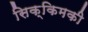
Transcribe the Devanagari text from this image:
सिक्किमकी